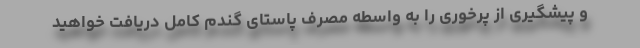
و پیشگیری از پرخوری را به واسطه مصرف پاستای گندم کامل دریافت خواهید